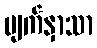
မျက်နှာသာ